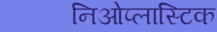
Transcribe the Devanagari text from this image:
निओप्लास्टिक